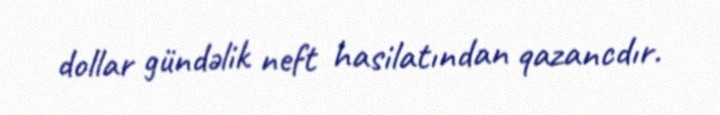
dollar gündəlik neft hasilatından qazancdır.